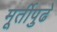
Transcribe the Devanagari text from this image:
मूर्तीपुढे